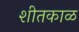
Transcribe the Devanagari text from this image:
शीतकाळ